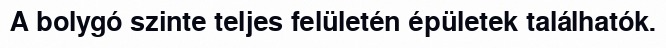
A bolygó szinte teljes felületén épületek találhatók.